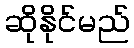
ဆိုနိုင်မည်